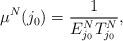
LaTeX: \begin{align*}\mu^N(j_0)=\frac1{E^N_{j_0}T^N_{j_0}},\end{align*}